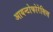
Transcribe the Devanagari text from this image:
आयन्टोफोरेसिस